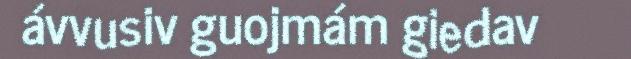
ávvusiv guojmám giedav